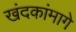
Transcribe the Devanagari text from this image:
खंदकांमागे